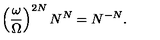
\left( { \frac { \omega } { \Omega } } \right) ^ { 2 N } N ^ { N } = N ^ { - N } .